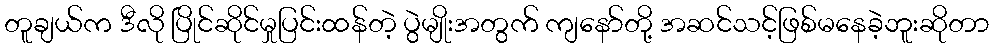
တူချယ်က ဒီလို ပြိုင်ဆိုင်မှုပြင်းထန်တဲ့ ပွဲမျိုးအတွက် ကျနော်တို့ အဆင်သင့်ဖြစ်မနေခဲ့ဘူးဆိုတာ